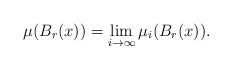
LaTeX: \begin{align*}\mu(B_r(x))=\lim_{i\to\infty}\mu_i(B_r(x)).\end{align*}